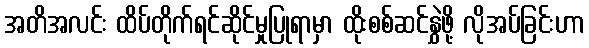
အတိအလင်း ထိပ်တိုက်ရင်ဆိုင်မှုပြုရာမှာ ထိုးစစ်ဆင်နွှဲဖို့ လိုအပ်ခြင်းဟာ